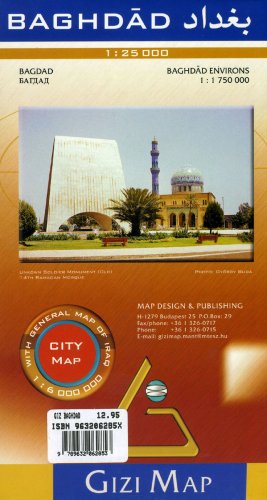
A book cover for Baghdad City Map (English, French, German and Russian Edition); Gizi Map; Travel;